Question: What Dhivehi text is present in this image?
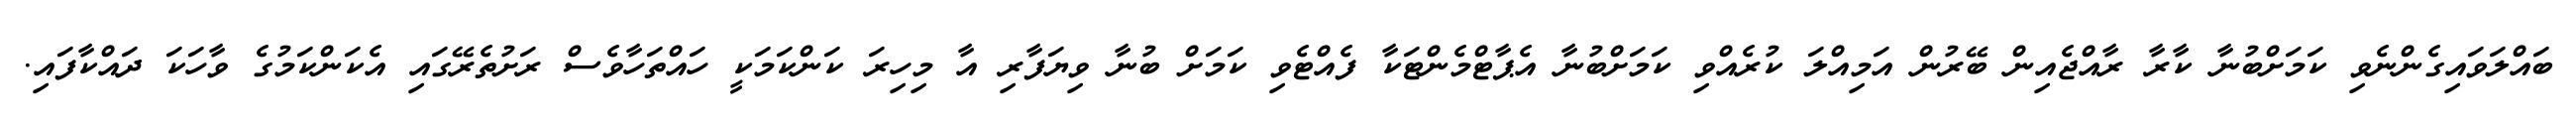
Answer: ބައްލަވައިގެންނެވި ކަމަށްބުނާ ކާރާ ރާއްޖެއިން ބޭރުން އަމިއްލަ ކުރެއްވި ކަމަށްބުނާ އެޕާޓްމެންޓަކާ ފެއްޓެވި ކަމަށް ބުނާ ވިޔަފާރި އާ މިހިރަ ކަންކަމަކީ ހައްތަހާވެސް ރަށުތެރޭގައި އެކަންކަމުގެ ވާހަކަ ދައްކާފައި.